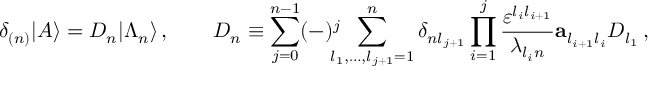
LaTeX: \delta _ { ( n ) } | A \rangle = { \cal D } _ { n } | \Lambda _ { n } \rangle \, , \qquad { \cal D } _ { n } \equiv \sum _ { j = 0 } ^ { n - 1 } ( - ) ^ { j } \! \! \! \! \sum _ { l _ { 1 } , \ldots , l _ { j + 1 } = 1 } ^ { n } \delta _ { n l _ { j + 1 } } \prod _ { i = 1 } ^ { j } \frac { \varepsilon ^ { l _ { i } l _ { i + 1 } } } { \lambda _ { l _ { i } n } } { \bf a } _ { l _ { i + 1 } l _ { i } } ^ { } D _ { l _ { 1 } } \, ,